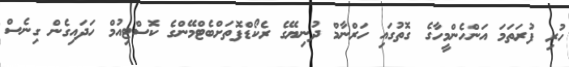
ހުރި ފުރަތަމަ އަންހެންމީހާގެ ގޮތުގައި ހަރްނާމް ދުނިޔޭގެ ރެކޯޑްފޮތަށްބެޓްމޭންގެ ކޮސްޓިއުމް ހަދައިގެން ގިނެސް